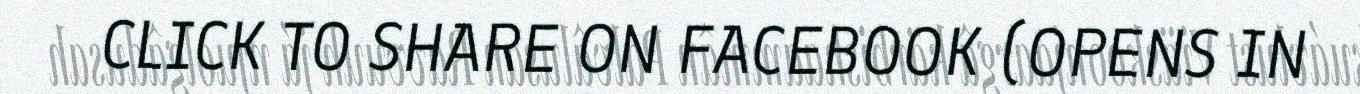
CLICK TO SHARE ON FACEBOOK (OPENS IN